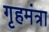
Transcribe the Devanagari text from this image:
गृहमंत्रा